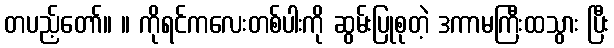
တပည့်တော်။ ။ ကိုရင်ကလေးတစ်ပါးကို ဆွမ်းပြုစုတဲ့ ဒကာမကြီးထသွား ပြီး